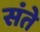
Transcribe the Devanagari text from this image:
संते